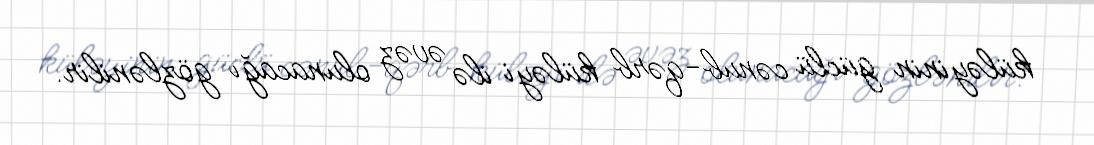
küləyinin güclü cənub-qərb küləyi ilə əvəz olunacağı gözlənilir.